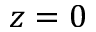
z = 0